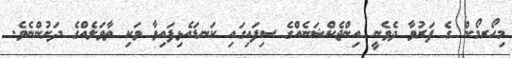
މިހޯރމޯން ގެ ފަރުވާ ދެވެނީ އިންޖެކްޝަނެއްގެ ސިފައިގައި ކަނޑައެޅިފައިވާ ވަކި ތާވަލެއްގެ ދަށުންނެވެ.